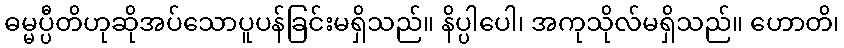
ဓမ္မပ္ပီတိဟုဆိုအပ်သောပူပန်ခြင်းမရှိသည်။ နိပ္ပါပေါ၊ အကုသိုလ်မရှိသည်။ ဟောတိ၊